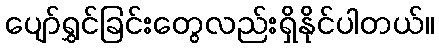
ပျော်ရွှင်ခြင်းတွေလည်းရှိနိုင်ပါတယ်။